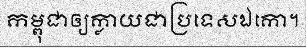
កម្ពុជាឲ្យក្លាយជាប្រទេសឯកោ។